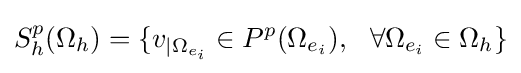
S_{h}^{p}(\Omega _{h})=\{v_{|\Omega _{e_{i}}}\in P^{p}(\Omega _{e_{i}}),\ \ \forall \Omega _{e_{i}}\in \Omega _{h}\}